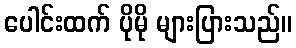
ပေါင်းထက် ပိုမို များပြားသည်။